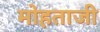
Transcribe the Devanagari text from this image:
मोहताजी